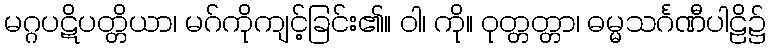
မဂ္ဂပဋိပတ္တိယာ၊ မဂ်ကိုကျင့်ခြင်း၏။ ဝါ၊ ကို။ ဝုတ္တတ္တာ၊ ဓမ္မသင်္ဂဏီပါဠိ၌